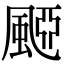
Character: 𩗠